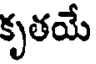
కృతయే